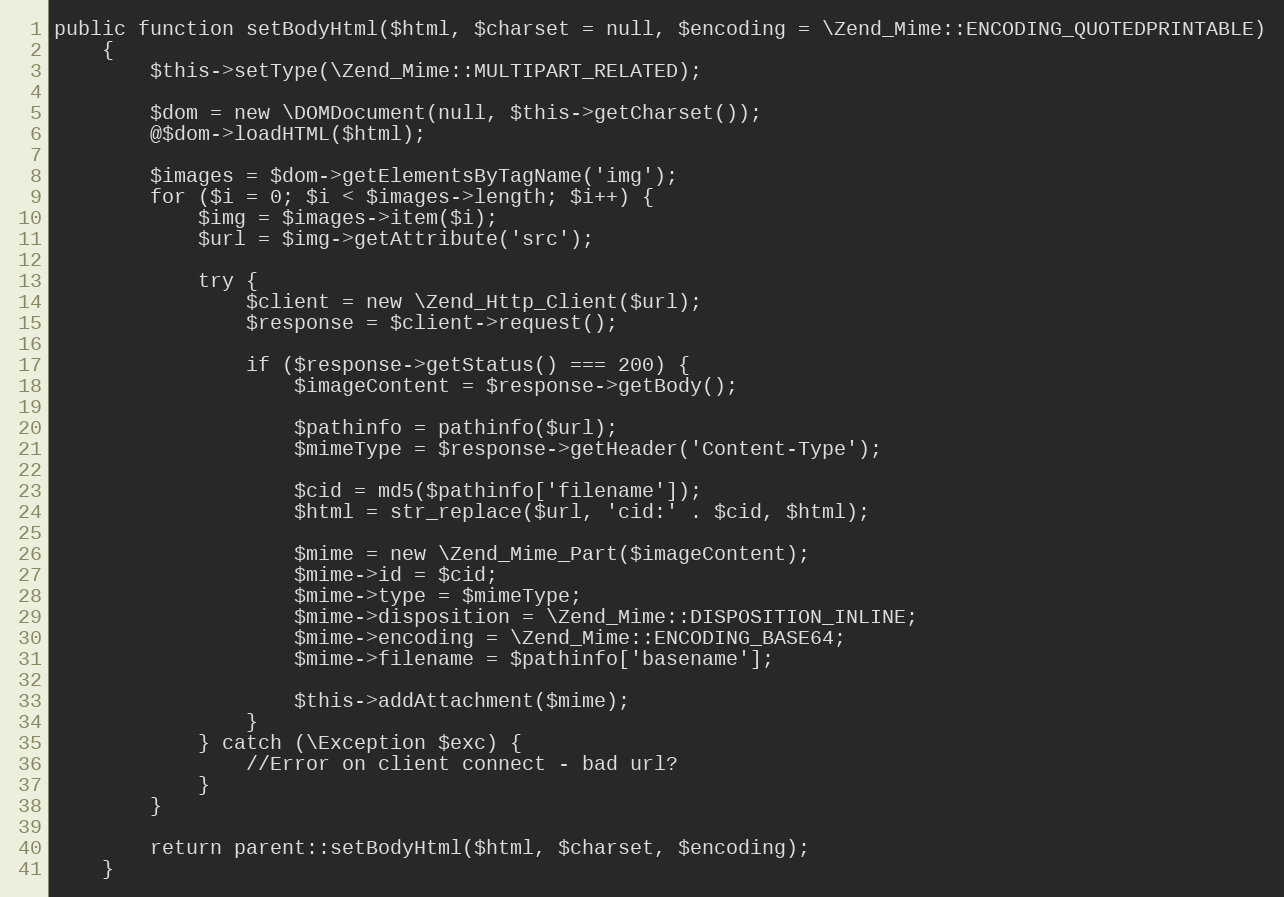
Language: PHP
public function setBodyHtml($html, $charset = null, $encoding = \Zend_Mime::ENCODING_QUOTEDPRINTABLE)
    {
        $this->setType(\Zend_Mime::MULTIPART_RELATED);

        $dom = new \DOMDocument(null, $this->getCharset());
        @$dom->loadHTML($html);

        $images = $dom->getElementsByTagName('img');
        for ($i = 0; $i < $images->length; $i++) {
            $img = $images->item($i);
            $url = $img->getAttribute('src');

            try {
                $client = new \Zend_Http_Client($url);
                $response = $client->request();

                if ($response->getStatus() === 200) {
                    $imageContent = $response->getBody();

                    $pathinfo = pathinfo($url);
                    $mimeType = $response->getHeader('Content-Type');

                    $cid = md5($pathinfo['filename']);
                    $html = str_replace($url, 'cid:' . $cid, $html);

                    $mime = new \Zend_Mime_Part($imageContent);
                    $mime->id = $cid;
                    $mime->type = $mimeType;
                    $mime->disposition = \Zend_Mime::DISPOSITION_INLINE;
                    $mime->encoding = \Zend_Mime::ENCODING_BASE64;
                    $mime->filename = $pathinfo['basename'];

                    $this->addAttachment($mime);
                }
            } catch (\Exception $exc) {
                //Error on client connect - bad url?
            }
        }

        return parent::setBodyHtml($html, $charset, $encoding);
    }